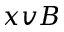
x v B